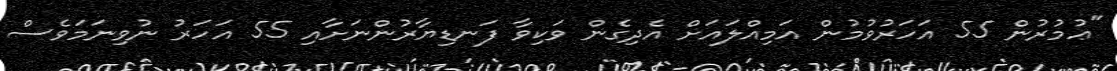
"ޢުމުރުން 55 އަހަރުވުމުން އަމިއްލައަށް އެދިގެން ވަކިވާ ފަނޑިޔާރުންނަށާއި 55 އަހަރު ނުވިނަމަވެސް